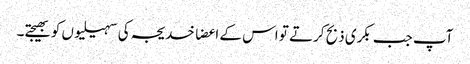
آپ جب بکری ذبح کرتے تو اس کے اعضا خدیجہ کی سہیلیوں کو بھیجتے۔